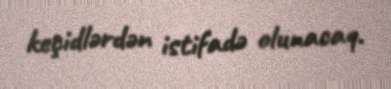
keçidlərdən istifadə olunacaq.